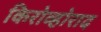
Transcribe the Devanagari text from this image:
किरोव्होराद